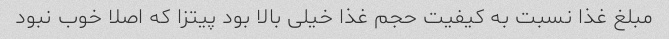
مبلغ غذا نسبت به کیفیت حجم غذا خیلی بالا بود پیتزا که اصلا خوب نبود